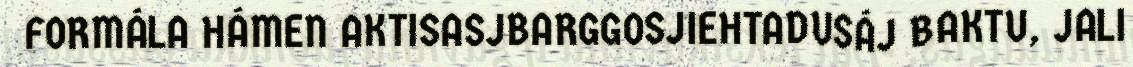
FORMÁLA HÁMEN AKTISASJBARGGOSJIEHTADUSÁJ BAKTU, JALI